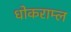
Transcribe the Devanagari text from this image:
धोकराम्ल